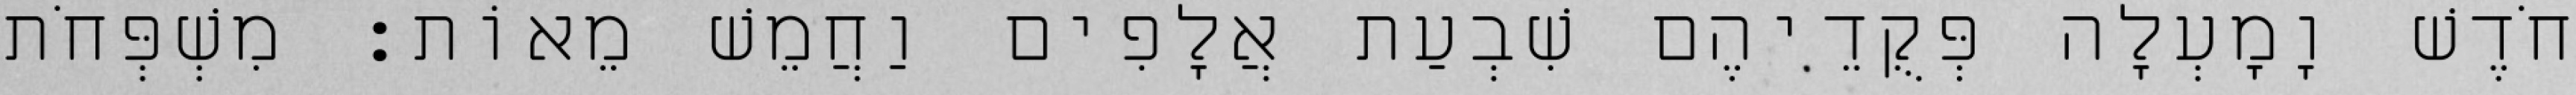
חֹדֶשׁ וָמָעְלָה פְּקֻדֵיהֶם שִׁבְעַת אֲלָפִים וַחֲמֵשׁ מֵאוֹת׃ מִשְׁפְּחֹת